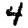
Digit: 4